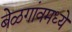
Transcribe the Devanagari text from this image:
बेळगांवमध्ये